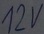
Text: 12V